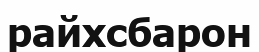
райхсбарон